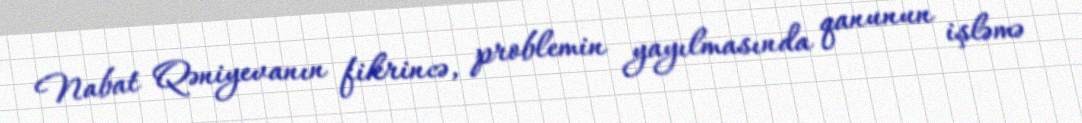
Nabat Qəniyevanın fikrincə, problemin yayılmasında qanunun işləmə